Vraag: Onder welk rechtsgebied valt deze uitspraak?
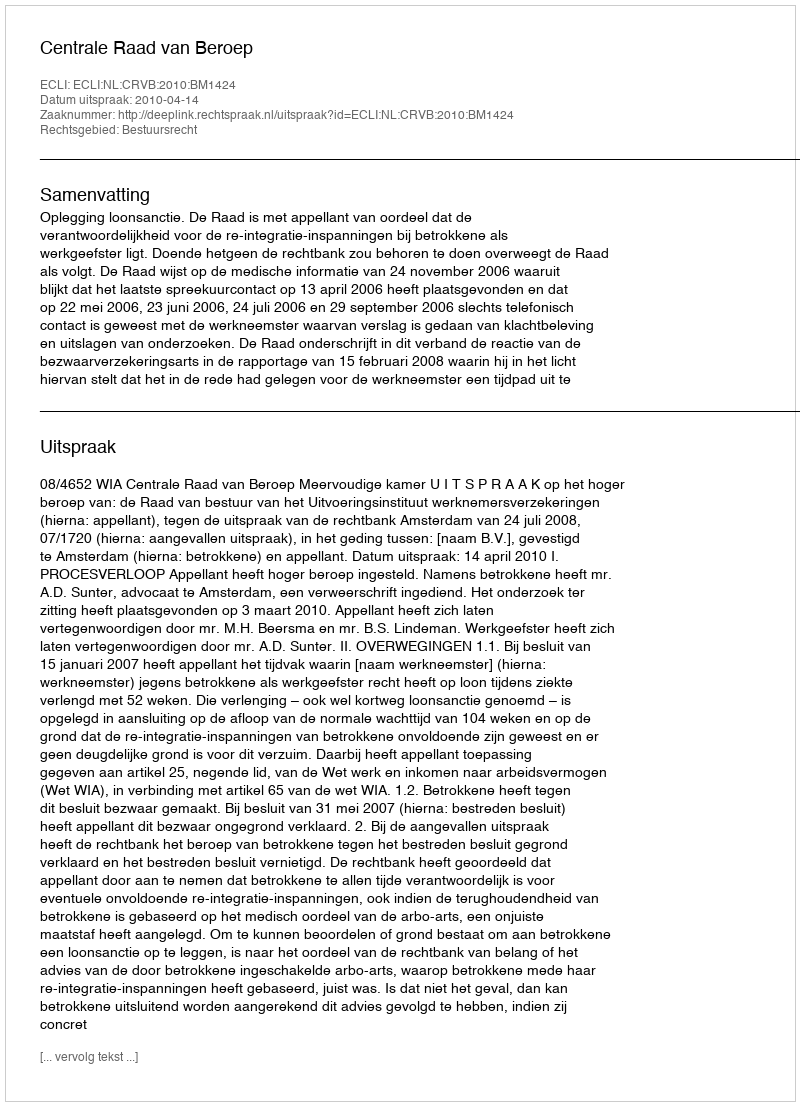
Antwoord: Bestuursrecht